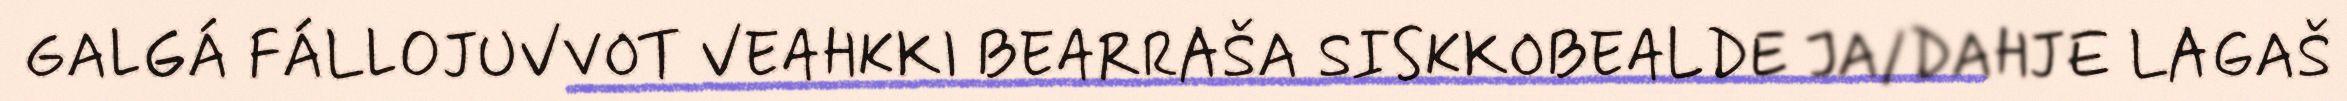
GALGÁ FÁLLOJUVVOT VEAHKKI BEARRAŠA SISKKOBEALDE JA/DAHJE LAGAŠ